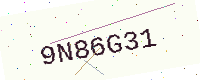
Text: 9N86G31